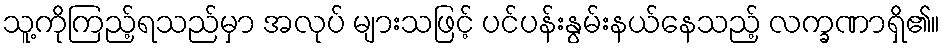
သူ့ကိုကြည့်ရသည်မှာ အလုပ် များသဖြင့် ပင်ပန်းနွမ်းနယ်နေသည့် လက္ခဏာရှိ၏။